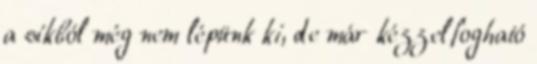
a síkból még nem lépünk ki, de már kézzelfogható